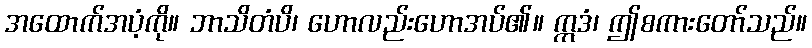
အထောက်အပံ့ကို။ ဘာသိတံပိ၊ ဟောလည်းဟောအပ်၏။ ဣဒံ၊ ဤစကားတော်သည်။